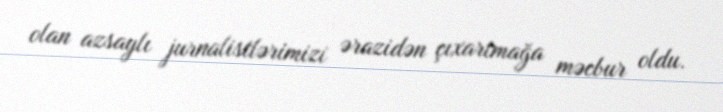
olan azsaylı jurnalistlərimizi ərazidən çıxartmağa məcbur oldu.